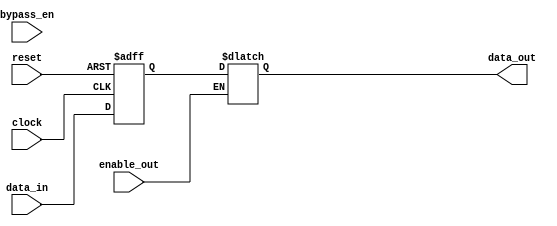
module bypass_register (
  input wire clock,
  input wire reset,
  input wire bypass_en,
  input wire [7:0] data_in,
  output reg [7:0] data_out,
  input wire enable_out
);

reg [7:0] register;

always @(posedge clock or posedge reset) begin
  if (reset) begin
    register <= 8'b0;
  end else begin
    if (bypass_en) begin
      register <= data_in;  // bypass data directly
    end else begin
      register <= data_in;  // store data in register
    end
  end
end

always @(*) begin
  if (enable_out) begin
    data_out <= register;  // output data from register
  end
end

endmodule